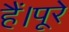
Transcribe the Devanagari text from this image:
हैं।पूरे